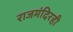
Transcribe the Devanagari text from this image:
राजमंदिरही